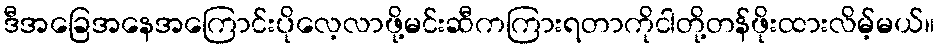
ဒီအခြေအနေအကြောင်းပိုလေ့လာဖို့မင်းဆီကကြားရတာကိုငါတို့တန်ဖိုးထားလိမ့်မယ်။